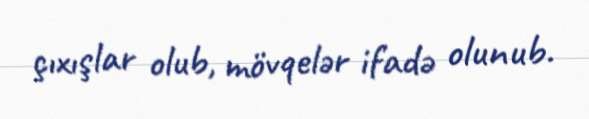
çıxışlar olub, mövqelər ifadə olunub.